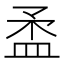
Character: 𥁪